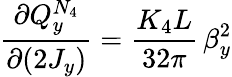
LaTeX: \frac{\partial Q_{y}^{N_{4}}}{\partial(2J_{y})}=\frac{K_{4}L}{32\pi}\, \beta_{y}^{2}